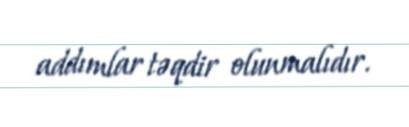
addımlar təqdir olunmalıdır.